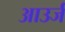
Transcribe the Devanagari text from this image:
आउर्ज